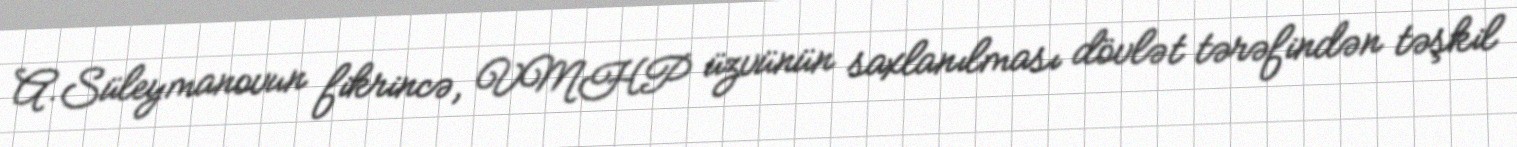
A.Süleymanovun fikrincə, VMHP üzvünün saxlanılması dövlət tərəfindən təşkil